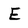
Character: E